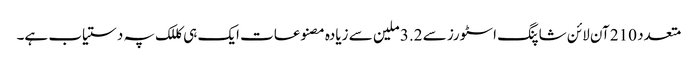
متعدد 210 آن لائن شاپنگ اسٹورز سے 3.2 ملین سے زیادہ مصنوعات ایک ہی کللک پہ دستیاب ہے۔